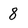
Character: 8